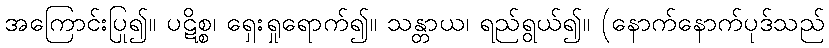
အကြောင်းပြု၍။ ပဋိစ္စ၊ ရှေးရှုရောက်၍။ သန္တာယ၊ ရည်ရွယ်၍။ (နောက်နောက်ပုဒ်သည်